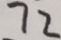
7 2